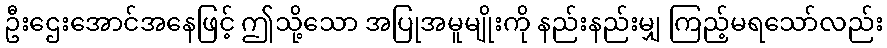
ဦးဌေးအောင်အနေဖြင့် ဤသို့သော အပြုအမူမျိုးကို နည်းနည်းမျှ ကြည့်မရသော်လည်း